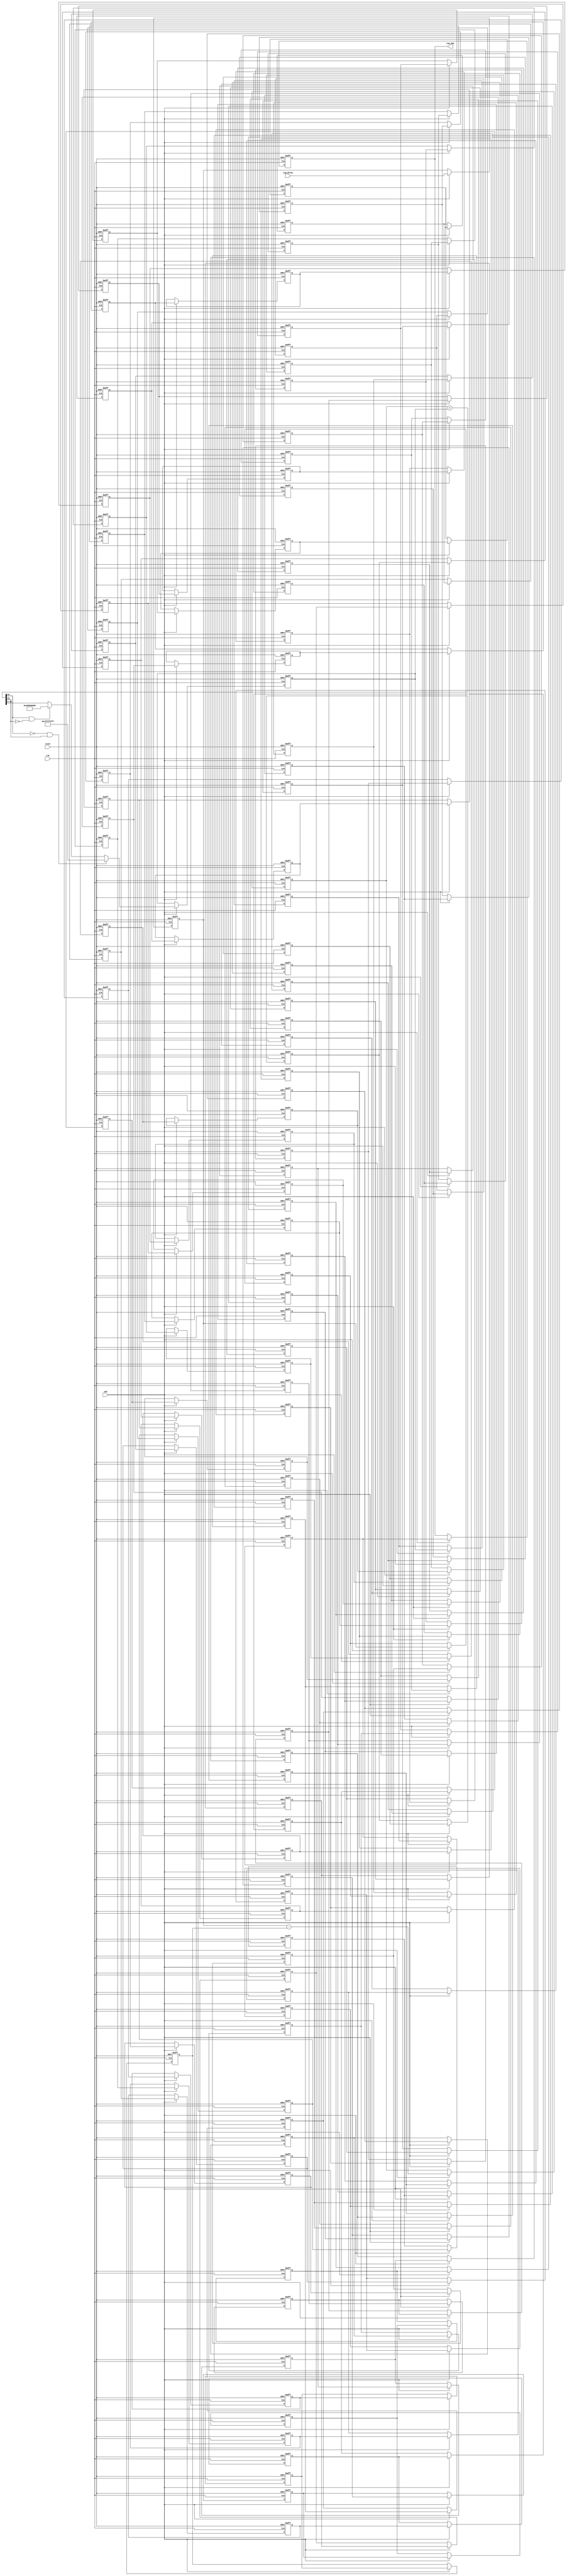
// -------------------------------------------------------------
// 
// 
// Generated by MATLAB 9.12 and HDL Coder 3.20
// 
// -------------------------------------------------------------


// -------------------------------------------------------------
// 
// Module: Lag_Cells_HDL
// Source Path: SimulinkCFARHDLWorkflowExampleNew/CFAR Implementation Model/CFAR Core/Training HDL/Lag Cells HDL
// Hierarchy Level: 3
// 
// -------------------------------------------------------------

`timescale 1 ns / 1 ns

module Lag_Cells_HDL
          (clk,
           reset,
           enb,
           Lag_Delay,
           Lag_Sum);


  input   clk;
  input   reset;
  input   enb;
  input   signed [33:0] Lag_Delay;  // sfix34_En12
  output  signed [33:0] Lag_Sum;  // sfix34_En12


  reg signed [33:0] Delay1_out1;  // sfix34_En12
  reg signed [33:0] PreviousLag_reg [0:99];  // sfix34 [100]
  wire signed [33:0] PreviousLag_reg_next [0:99];  // sfix34_En12 [100]
  wire signed [33:0] PreviousLag_out1;  // sfix34_En12
  wire signed [33:0] Add6_out1;  // sfix34_En12
  reg signed [33:0] Delay3_out1;  // sfix34_En12
  reg signed [33:0] Delay6_out1;  // sfix34_En12
  wire signed [34:0] Add7_add_cast;  // sfix35_En12
  wire signed [34:0] Add7_add_cast_1;  // sfix35_En12
  wire signed [34:0] Add7_add_temp;  // sfix35_En12
  wire signed [33:0] Add7_out1;  // sfix34_En12
  reg signed [33:0] Delay2_reg [0:2];  // sfix34 [3]
  wire signed [33:0] Delay2_reg_next [0:2];  // sfix34_En12 [3]
  wire signed [33:0] Delay2_out1;  // sfix34_En12


  always @(posedge clk or posedge reset)
    begin : Delay1_process
      if (reset == 1'b1) begin
        Delay1_out1 <= 34'sh000000000;
      end
      else begin
        if (enb) begin
          Delay1_out1 <= Lag_Delay;
        end
      end
    end



  always @(posedge clk or posedge reset)
    begin : PreviousLag_process
      if (reset == 1'b1) begin
        PreviousLag_reg[0] <= 34'sh000000000;
        PreviousLag_reg[1] <= 34'sh000000000;
        PreviousLag_reg[2] <= 34'sh000000000;
        PreviousLag_reg[3] <= 34'sh000000000;
        PreviousLag_reg[4] <= 34'sh000000000;
        PreviousLag_reg[5] <= 34'sh000000000;
        PreviousLag_reg[6] <= 34'sh000000000;
        PreviousLag_reg[7] <= 34'sh000000000;
        PreviousLag_reg[8] <= 34'sh000000000;
        PreviousLag_reg[9] <= 34'sh000000000;
        PreviousLag_reg[10] <= 34'sh000000000;
        PreviousLag_reg[11] <= 34'sh000000000;
        PreviousLag_reg[12] <= 34'sh000000000;
        PreviousLag_reg[13] <= 34'sh000000000;
        PreviousLag_reg[14] <= 34'sh000000000;
        PreviousLag_reg[15] <= 34'sh000000000;
        PreviousLag_reg[16] <= 34'sh000000000;
        PreviousLag_reg[17] <= 34'sh000000000;
        PreviousLag_reg[18] <= 34'sh000000000;
        PreviousLag_reg[19] <= 34'sh000000000;
        PreviousLag_reg[20] <= 34'sh000000000;
        PreviousLag_reg[21] <= 34'sh000000000;
        PreviousLag_reg[22] <= 34'sh000000000;
        PreviousLag_reg[23] <= 34'sh000000000;
        PreviousLag_reg[24] <= 34'sh000000000;
        PreviousLag_reg[25] <= 34'sh000000000;
        PreviousLag_reg[26] <= 34'sh000000000;
        PreviousLag_reg[27] <= 34'sh000000000;
        PreviousLag_reg[28] <= 34'sh000000000;
        PreviousLag_reg[29] <= 34'sh000000000;
        PreviousLag_reg[30] <= 34'sh000000000;
        PreviousLag_reg[31] <= 34'sh000000000;
        PreviousLag_reg[32] <= 34'sh000000000;
        PreviousLag_reg[33] <= 34'sh000000000;
        PreviousLag_reg[34] <= 34'sh000000000;
        PreviousLag_reg[35] <= 34'sh000000000;
        PreviousLag_reg[36] <= 34'sh000000000;
        PreviousLag_reg[37] <= 34'sh000000000;
        PreviousLag_reg[38] <= 34'sh000000000;
        PreviousLag_reg[39] <= 34'sh000000000;
        PreviousLag_reg[40] <= 34'sh000000000;
        PreviousLag_reg[41] <= 34'sh000000000;
        PreviousLag_reg[42] <= 34'sh000000000;
        PreviousLag_reg[43] <= 34'sh000000000;
        PreviousLag_reg[44] <= 34'sh000000000;
        PreviousLag_reg[45] <= 34'sh000000000;
        PreviousLag_reg[46] <= 34'sh000000000;
        PreviousLag_reg[47] <= 34'sh000000000;
        PreviousLag_reg[48] <= 34'sh000000000;
        PreviousLag_reg[49] <= 34'sh000000000;
        PreviousLag_reg[50] <= 34'sh000000000;
        PreviousLag_reg[51] <= 34'sh000000000;
        PreviousLag_reg[52] <= 34'sh000000000;
        PreviousLag_reg[53] <= 34'sh000000000;
        PreviousLag_reg[54] <= 34'sh000000000;
        PreviousLag_reg[55] <= 34'sh000000000;
        PreviousLag_reg[56] <= 34'sh000000000;
        PreviousLag_reg[57] <= 34'sh000000000;
        PreviousLag_reg[58] <= 34'sh000000000;
        PreviousLag_reg[59] <= 34'sh000000000;
        PreviousLag_reg[60] <= 34'sh000000000;
        PreviousLag_reg[61] <= 34'sh000000000;
        PreviousLag_reg[62] <= 34'sh000000000;
        PreviousLag_reg[63] <= 34'sh000000000;
        PreviousLag_reg[64] <= 34'sh000000000;
        PreviousLag_reg[65] <= 34'sh000000000;
        PreviousLag_reg[66] <= 34'sh000000000;
        PreviousLag_reg[67] <= 34'sh000000000;
        PreviousLag_reg[68] <= 34'sh000000000;
        PreviousLag_reg[69] <= 34'sh000000000;
        PreviousLag_reg[70] <= 34'sh000000000;
        PreviousLag_reg[71] <= 34'sh000000000;
        PreviousLag_reg[72] <= 34'sh000000000;
        PreviousLag_reg[73] <= 34'sh000000000;
        PreviousLag_reg[74] <= 34'sh000000000;
        PreviousLag_reg[75] <= 34'sh000000000;
        PreviousLag_reg[76] <= 34'sh000000000;
        PreviousLag_reg[77] <= 34'sh000000000;
        PreviousLag_reg[78] <= 34'sh000000000;
        PreviousLag_reg[79] <= 34'sh000000000;
        PreviousLag_reg[80] <= 34'sh000000000;
        PreviousLag_reg[81] <= 34'sh000000000;
        PreviousLag_reg[82] <= 34'sh000000000;
        PreviousLag_reg[83] <= 34'sh000000000;
        PreviousLag_reg[84] <= 34'sh000000000;
        PreviousLag_reg[85] <= 34'sh000000000;
        PreviousLag_reg[86] <= 34'sh000000000;
        PreviousLag_reg[87] <= 34'sh000000000;
        PreviousLag_reg[88] <= 34'sh000000000;
        PreviousLag_reg[89] <= 34'sh000000000;
        PreviousLag_reg[90] <= 34'sh000000000;
        PreviousLag_reg[91] <= 34'sh000000000;
        PreviousLag_reg[92] <= 34'sh000000000;
        PreviousLag_reg[93] <= 34'sh000000000;
        PreviousLag_reg[94] <= 34'sh000000000;
        PreviousLag_reg[95] <= 34'sh000000000;
        PreviousLag_reg[96] <= 34'sh000000000;
        PreviousLag_reg[97] <= 34'sh000000000;
        PreviousLag_reg[98] <= 34'sh000000000;
        PreviousLag_reg[99] <= 34'sh000000000;
      end
      else begin
        if (enb) begin
          PreviousLag_reg[0] <= PreviousLag_reg_next[0];
          PreviousLag_reg[1] <= PreviousLag_reg_next[1];
          PreviousLag_reg[2] <= PreviousLag_reg_next[2];
          PreviousLag_reg[3] <= PreviousLag_reg_next[3];
          PreviousLag_reg[4] <= PreviousLag_reg_next[4];
          PreviousLag_reg[5] <= PreviousLag_reg_next[5];
          PreviousLag_reg[6] <= PreviousLag_reg_next[6];
          PreviousLag_reg[7] <= PreviousLag_reg_next[7];
          PreviousLag_reg[8] <= PreviousLag_reg_next[8];
          PreviousLag_reg[9] <= PreviousLag_reg_next[9];
          PreviousLag_reg[10] <= PreviousLag_reg_next[10];
          PreviousLag_reg[11] <= PreviousLag_reg_next[11];
          PreviousLag_reg[12] <= PreviousLag_reg_next[12];
          PreviousLag_reg[13] <= PreviousLag_reg_next[13];
          PreviousLag_reg[14] <= PreviousLag_reg_next[14];
          PreviousLag_reg[15] <= PreviousLag_reg_next[15];
          PreviousLag_reg[16] <= PreviousLag_reg_next[16];
          PreviousLag_reg[17] <= PreviousLag_reg_next[17];
          PreviousLag_reg[18] <= PreviousLag_reg_next[18];
          PreviousLag_reg[19] <= PreviousLag_reg_next[19];
          PreviousLag_reg[20] <= PreviousLag_reg_next[20];
          PreviousLag_reg[21] <= PreviousLag_reg_next[21];
          PreviousLag_reg[22] <= PreviousLag_reg_next[22];
          PreviousLag_reg[23] <= PreviousLag_reg_next[23];
          PreviousLag_reg[24] <= PreviousLag_reg_next[24];
          PreviousLag_reg[25] <= PreviousLag_reg_next[25];
          PreviousLag_reg[26] <= PreviousLag_reg_next[26];
          PreviousLag_reg[27] <= PreviousLag_reg_next[27];
          PreviousLag_reg[28] <= PreviousLag_reg_next[28];
          PreviousLag_reg[29] <= PreviousLag_reg_next[29];
          PreviousLag_reg[30] <= PreviousLag_reg_next[30];
          PreviousLag_reg[31] <= PreviousLag_reg_next[31];
          PreviousLag_reg[32] <= PreviousLag_reg_next[32];
          PreviousLag_reg[33] <= PreviousLag_reg_next[33];
          PreviousLag_reg[34] <= PreviousLag_reg_next[34];
          PreviousLag_reg[35] <= PreviousLag_reg_next[35];
          PreviousLag_reg[36] <= PreviousLag_reg_next[36];
          PreviousLag_reg[37] <= PreviousLag_reg_next[37];
          PreviousLag_reg[38] <= PreviousLag_reg_next[38];
          PreviousLag_reg[39] <= PreviousLag_reg_next[39];
          PreviousLag_reg[40] <= PreviousLag_reg_next[40];
          PreviousLag_reg[41] <= PreviousLag_reg_next[41];
          PreviousLag_reg[42] <= PreviousLag_reg_next[42];
          PreviousLag_reg[43] <= PreviousLag_reg_next[43];
          PreviousLag_reg[44] <= PreviousLag_reg_next[44];
          PreviousLag_reg[45] <= PreviousLag_reg_next[45];
          PreviousLag_reg[46] <= PreviousLag_reg_next[46];
          PreviousLag_reg[47] <= PreviousLag_reg_next[47];
          PreviousLag_reg[48] <= PreviousLag_reg_next[48];
          PreviousLag_reg[49] <= PreviousLag_reg_next[49];
          PreviousLag_reg[50] <= PreviousLag_reg_next[50];
          PreviousLag_reg[51] <= PreviousLag_reg_next[51];
          PreviousLag_reg[52] <= PreviousLag_reg_next[52];
          PreviousLag_reg[53] <= PreviousLag_reg_next[53];
          PreviousLag_reg[54] <= PreviousLag_reg_next[54];
          PreviousLag_reg[55] <= PreviousLag_reg_next[55];
          PreviousLag_reg[56] <= PreviousLag_reg_next[56];
          PreviousLag_reg[57] <= PreviousLag_reg_next[57];
          PreviousLag_reg[58] <= PreviousLag_reg_next[58];
          PreviousLag_reg[59] <= PreviousLag_reg_next[59];
          PreviousLag_reg[60] <= PreviousLag_reg_next[60];
          PreviousLag_reg[61] <= PreviousLag_reg_next[61];
          PreviousLag_reg[62] <= PreviousLag_reg_next[62];
          PreviousLag_reg[63] <= PreviousLag_reg_next[63];
          PreviousLag_reg[64] <= PreviousLag_reg_next[64];
          PreviousLag_reg[65] <= PreviousLag_reg_next[65];
          PreviousLag_reg[66] <= PreviousLag_reg_next[66];
          PreviousLag_reg[67] <= PreviousLag_reg_next[67];
          PreviousLag_reg[68] <= PreviousLag_reg_next[68];
          PreviousLag_reg[69] <= PreviousLag_reg_next[69];
          PreviousLag_reg[70] <= PreviousLag_reg_next[70];
          PreviousLag_reg[71] <= PreviousLag_reg_next[71];
          PreviousLag_reg[72] <= PreviousLag_reg_next[72];
          PreviousLag_reg[73] <= PreviousLag_reg_next[73];
          PreviousLag_reg[74] <= PreviousLag_reg_next[74];
          PreviousLag_reg[75] <= PreviousLag_reg_next[75];
          PreviousLag_reg[76] <= PreviousLag_reg_next[76];
          PreviousLag_reg[77] <= PreviousLag_reg_next[77];
          PreviousLag_reg[78] <= PreviousLag_reg_next[78];
          PreviousLag_reg[79] <= PreviousLag_reg_next[79];
          PreviousLag_reg[80] <= PreviousLag_reg_next[80];
          PreviousLag_reg[81] <= PreviousLag_reg_next[81];
          PreviousLag_reg[82] <= PreviousLag_reg_next[82];
          PreviousLag_reg[83] <= PreviousLag_reg_next[83];
          PreviousLag_reg[84] <= PreviousLag_reg_next[84];
          PreviousLag_reg[85] <= PreviousLag_reg_next[85];
          PreviousLag_reg[86] <= PreviousLag_reg_next[86];
          PreviousLag_reg[87] <= PreviousLag_reg_next[87];
          PreviousLag_reg[88] <= PreviousLag_reg_next[88];
          PreviousLag_reg[89] <= PreviousLag_reg_next[89];
          PreviousLag_reg[90] <= PreviousLag_reg_next[90];
          PreviousLag_reg[91] <= PreviousLag_reg_next[91];
          PreviousLag_reg[92] <= PreviousLag_reg_next[92];
          PreviousLag_reg[93] <= PreviousLag_reg_next[93];
          PreviousLag_reg[94] <= PreviousLag_reg_next[94];
          PreviousLag_reg[95] <= PreviousLag_reg_next[95];
          PreviousLag_reg[96] <= PreviousLag_reg_next[96];
          PreviousLag_reg[97] <= PreviousLag_reg_next[97];
          PreviousLag_reg[98] <= PreviousLag_reg_next[98];
          PreviousLag_reg[99] <= PreviousLag_reg_next[99];
        end
      end
    end

  assign PreviousLag_out1 = PreviousLag_reg[99];
  assign PreviousLag_reg_next[0] = Delay1_out1;
  assign PreviousLag_reg_next[1] = PreviousLag_reg[0];
  assign PreviousLag_reg_next[2] = PreviousLag_reg[1];
  assign PreviousLag_reg_next[3] = PreviousLag_reg[2];
  assign PreviousLag_reg_next[4] = PreviousLag_reg[3];
  assign PreviousLag_reg_next[5] = PreviousLag_reg[4];
  assign PreviousLag_reg_next[6] = PreviousLag_reg[5];
  assign PreviousLag_reg_next[7] = PreviousLag_reg[6];
  assign PreviousLag_reg_next[8] = PreviousLag_reg[7];
  assign PreviousLag_reg_next[9] = PreviousLag_reg[8];
  assign PreviousLag_reg_next[10] = PreviousLag_reg[9];
  assign PreviousLag_reg_next[11] = PreviousLag_reg[10];
  assign PreviousLag_reg_next[12] = PreviousLag_reg[11];
  assign PreviousLag_reg_next[13] = PreviousLag_reg[12];
  assign PreviousLag_reg_next[14] = PreviousLag_reg[13];
  assign PreviousLag_reg_next[15] = PreviousLag_reg[14];
  assign PreviousLag_reg_next[16] = PreviousLag_reg[15];
  assign PreviousLag_reg_next[17] = PreviousLag_reg[16];
  assign PreviousLag_reg_next[18] = PreviousLag_reg[17];
  assign PreviousLag_reg_next[19] = PreviousLag_reg[18];
  assign PreviousLag_reg_next[20] = PreviousLag_reg[19];
  assign PreviousLag_reg_next[21] = PreviousLag_reg[20];
  assign PreviousLag_reg_next[22] = PreviousLag_reg[21];
  assign PreviousLag_reg_next[23] = PreviousLag_reg[22];
  assign PreviousLag_reg_next[24] = PreviousLag_reg[23];
  assign PreviousLag_reg_next[25] = PreviousLag_reg[24];
  assign PreviousLag_reg_next[26] = PreviousLag_reg[25];
  assign PreviousLag_reg_next[27] = PreviousLag_reg[26];
  assign PreviousLag_reg_next[28] = PreviousLag_reg[27];
  assign PreviousLag_reg_next[29] = PreviousLag_reg[28];
  assign PreviousLag_reg_next[30] = PreviousLag_reg[29];
  assign PreviousLag_reg_next[31] = PreviousLag_reg[30];
  assign PreviousLag_reg_next[32] = PreviousLag_reg[31];
  assign PreviousLag_reg_next[33] = PreviousLag_reg[32];
  assign PreviousLag_reg_next[34] = PreviousLag_reg[33];
  assign PreviousLag_reg_next[35] = PreviousLag_reg[34];
  assign PreviousLag_reg_next[36] = PreviousLag_reg[35];
  assign PreviousLag_reg_next[37] = PreviousLag_reg[36];
  assign PreviousLag_reg_next[38] = PreviousLag_reg[37];
  assign PreviousLag_reg_next[39] = PreviousLag_reg[38];
  assign PreviousLag_reg_next[40] = PreviousLag_reg[39];
  assign PreviousLag_reg_next[41] = PreviousLag_reg[40];
  assign PreviousLag_reg_next[42] = PreviousLag_reg[41];
  assign PreviousLag_reg_next[43] = PreviousLag_reg[42];
  assign PreviousLag_reg_next[44] = PreviousLag_reg[43];
  assign PreviousLag_reg_next[45] = PreviousLag_reg[44];
  assign PreviousLag_reg_next[46] = PreviousLag_reg[45];
  assign PreviousLag_reg_next[47] = PreviousLag_reg[46];
  assign PreviousLag_reg_next[48] = PreviousLag_reg[47];
  assign PreviousLag_reg_next[49] = PreviousLag_reg[48];
  assign PreviousLag_reg_next[50] = PreviousLag_reg[49];
  assign PreviousLag_reg_next[51] = PreviousLag_reg[50];
  assign PreviousLag_reg_next[52] = PreviousLag_reg[51];
  assign PreviousLag_reg_next[53] = PreviousLag_reg[52];
  assign PreviousLag_reg_next[54] = PreviousLag_reg[53];
  assign PreviousLag_reg_next[55] = PreviousLag_reg[54];
  assign PreviousLag_reg_next[56] = PreviousLag_reg[55];
  assign PreviousLag_reg_next[57] = PreviousLag_reg[56];
  assign PreviousLag_reg_next[58] = PreviousLag_reg[57];
  assign PreviousLag_reg_next[59] = PreviousLag_reg[58];
  assign PreviousLag_reg_next[60] = PreviousLag_reg[59];
  assign PreviousLag_reg_next[61] = PreviousLag_reg[60];
  assign PreviousLag_reg_next[62] = PreviousLag_reg[61];
  assign PreviousLag_reg_next[63] = PreviousLag_reg[62];
  assign PreviousLag_reg_next[64] = PreviousLag_reg[63];
  assign PreviousLag_reg_next[65] = PreviousLag_reg[64];
  assign PreviousLag_reg_next[66] = PreviousLag_reg[65];
  assign PreviousLag_reg_next[67] = PreviousLag_reg[66];
  assign PreviousLag_reg_next[68] = PreviousLag_reg[67];
  assign PreviousLag_reg_next[69] = PreviousLag_reg[68];
  assign PreviousLag_reg_next[70] = PreviousLag_reg[69];
  assign PreviousLag_reg_next[71] = PreviousLag_reg[70];
  assign PreviousLag_reg_next[72] = PreviousLag_reg[71];
  assign PreviousLag_reg_next[73] = PreviousLag_reg[72];
  assign PreviousLag_reg_next[74] = PreviousLag_reg[73];
  assign PreviousLag_reg_next[75] = PreviousLag_reg[74];
  assign PreviousLag_reg_next[76] = PreviousLag_reg[75];
  assign PreviousLag_reg_next[77] = PreviousLag_reg[76];
  assign PreviousLag_reg_next[78] = PreviousLag_reg[77];
  assign PreviousLag_reg_next[79] = PreviousLag_reg[78];
  assign PreviousLag_reg_next[80] = PreviousLag_reg[79];
  assign PreviousLag_reg_next[81] = PreviousLag_reg[80];
  assign PreviousLag_reg_next[82] = PreviousLag_reg[81];
  assign PreviousLag_reg_next[83] = PreviousLag_reg[82];
  assign PreviousLag_reg_next[84] = PreviousLag_reg[83];
  assign PreviousLag_reg_next[85] = PreviousLag_reg[84];
  assign PreviousLag_reg_next[86] = PreviousLag_reg[85];
  assign PreviousLag_reg_next[87] = PreviousLag_reg[86];
  assign PreviousLag_reg_next[88] = PreviousLag_reg[87];
  assign PreviousLag_reg_next[89] = PreviousLag_reg[88];
  assign PreviousLag_reg_next[90] = PreviousLag_reg[89];
  assign PreviousLag_reg_next[91] = PreviousLag_reg[90];
  assign PreviousLag_reg_next[92] = PreviousLag_reg[91];
  assign PreviousLag_reg_next[93] = PreviousLag_reg[92];
  assign PreviousLag_reg_next[94] = PreviousLag_reg[93];
  assign PreviousLag_reg_next[95] = PreviousLag_reg[94];
  assign PreviousLag_reg_next[96] = PreviousLag_reg[95];
  assign PreviousLag_reg_next[97] = PreviousLag_reg[96];
  assign PreviousLag_reg_next[98] = PreviousLag_reg[97];
  assign PreviousLag_reg_next[99] = PreviousLag_reg[98];



  assign Add6_out1 = Delay1_out1 - PreviousLag_out1;



  always @(posedge clk or posedge reset)
    begin : Delay3_process
      if (reset == 1'b1) begin
        Delay3_out1 <= 34'sh000000000;
      end
      else begin
        if (enb) begin
          Delay3_out1 <= Add6_out1;
        end
      end
    end



  assign Add7_add_cast = {Delay3_out1[33], Delay3_out1};
  assign Add7_add_cast_1 = {Delay6_out1[33], Delay6_out1};
  assign Add7_add_temp = Add7_add_cast + Add7_add_cast_1;
  assign Add7_out1 = ((Add7_add_temp[34] == 1'b0) && (Add7_add_temp[33] != 1'b0) ? 34'sh1FFFFFFFF :
              ((Add7_add_temp[34] == 1'b1) && (Add7_add_temp[33] != 1'b1) ? 34'sh200000000 :
              $signed(Add7_add_temp[33:0])));



  always @(posedge clk or posedge reset)
    begin : Delay6_process
      if (reset == 1'b1) begin
        Delay6_out1 <= 34'sh000000000;
      end
      else begin
        if (enb) begin
          Delay6_out1 <= Add7_out1;
        end
      end
    end



  always @(posedge clk or posedge reset)
    begin : Delay2_process
      if (reset == 1'b1) begin
        Delay2_reg[0] <= 34'sh000000000;
        Delay2_reg[1] <= 34'sh000000000;
        Delay2_reg[2] <= 34'sh000000000;
      end
      else begin
        if (enb) begin
          Delay2_reg[0] <= Delay2_reg_next[0];
          Delay2_reg[1] <= Delay2_reg_next[1];
          Delay2_reg[2] <= Delay2_reg_next[2];
        end
      end
    end

  assign Delay2_out1 = Delay2_reg[2];
  assign Delay2_reg_next[0] = Delay6_out1;
  assign Delay2_reg_next[1] = Delay2_reg[0];
  assign Delay2_reg_next[2] = Delay2_reg[1];



  assign Lag_Sum = Delay2_out1;

endmodule  // Lag_Cells_HDL